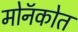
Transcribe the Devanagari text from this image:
मोनॅकोत